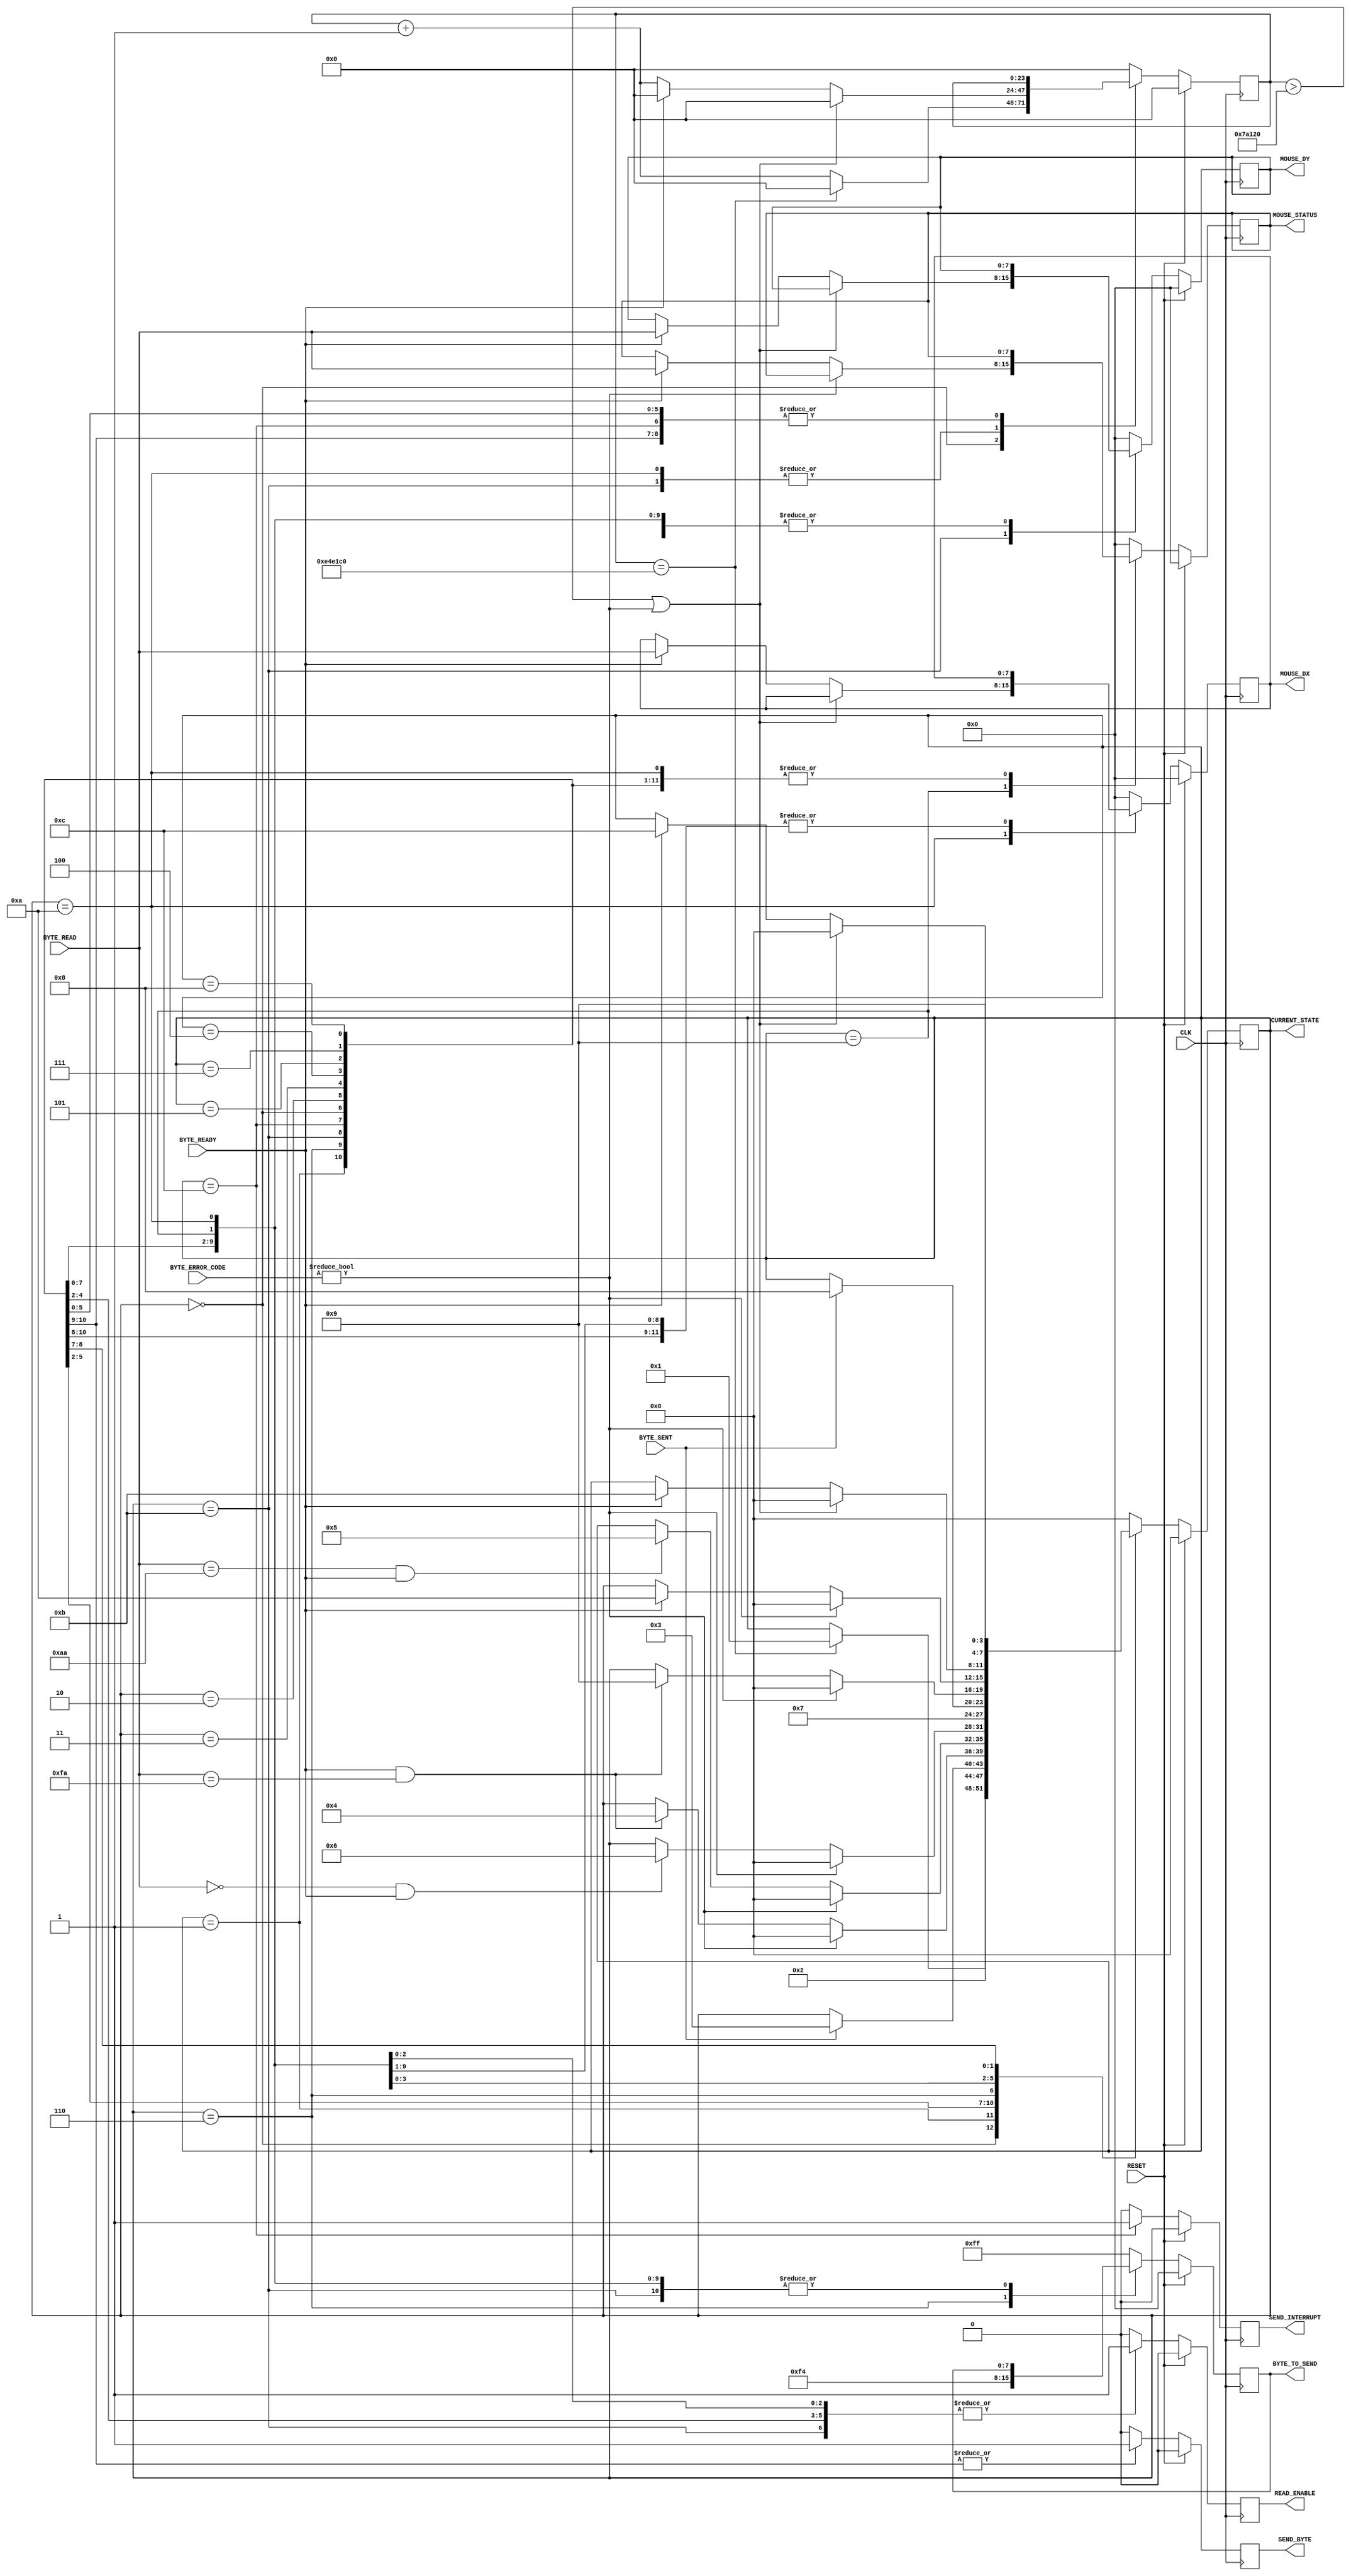
`timescale 1ns / 1ps
//////////////////////////////////////////////////////////////////////////////////
// Company: University of Edinburgh
// 
// Design Name: Digital Design Lab 4
// Module Name:    MouseMasterSM
// Project Name: PS2 Mouse Interface
// Target Devices: Basys 2
// Tool versions: 
// Description: This is the master state machine. It is responsible for sending the
// setup sequence, and keeping track of the commands that have to be executed next.
//
// Dependencies: 
//
// Revision: 
// Revision 0.01 - File Created
// Additional Comments: 
//
//////////////////////////////////////////////////////////////////////////////////

module MouseMasterSM(
	input CLK,
	input RESET,
	//Transmitter Control
	output SEND_BYTE,
	output [7:0] BYTE_TO_SEND,
	input BYTE_SENT,
	//Receiver Control
	output READ_ENABLE,
	input [7:0] BYTE_READ,
	input [1:0] BYTE_ERROR_CODE,
	input BYTE_READY,
	//Data Registers
	output [7:0] MOUSE_DX,
	output [7:0] MOUSE_DY,
	output [7:0] MOUSE_STATUS,
	output SEND_INTERRUPT,
	output [3:0] CURRENT_STATE
);

//////////////////////////////////////////////////////////////
// Main state machine - There is a setup sequence
//
// 1) Send FF -- Reset command,
// 2) Read FA -- Mouse Acknowledge,
// 2) Read AA -- Self-Test Pass
// 3) Read 00 -- Mouse ID
// 4) Send F4 -- Start transmitting command,
// 5) Read FA -- Mouse Acknowledge,
//
// If at any time this chain is broken, the SM will restart from
// the beginning. Once it has finished the set-up sequence, the read enable flag
// is raised.
// The host is then ready to read mouse information 3 bytes at a time:
// S1) Wait for first read, When it arrives, save it to Status. Goto S2.
// S2) Wait for second read, When it arrives, save it to DX. Goto S3.
// S3) Wait for third read, When it arrives, save it to DY. Goto S1.
// Send interrupt.

	//State Control
	reg [3:0] Curr_State, Next_State;
	reg [23:0] Curr_Counter, Next_Counter;
	//Transmitter Control
	reg Curr_SendByte, Next_SendByte;
	reg [7:0] Curr_ByteToSend, Next_ByteToSend;
	//Receiver Control
	reg Curr_ReadEnable, Next_ReadEnable;
	//Data Registers
	reg [7:0] Curr_Status, Next_Status;
	reg [7:0] Curr_Dx, Next_Dx;
	reg [7:0] Curr_Dy, Next_Dy;
	reg Curr_SendInterrupt, Next_SendInterrupt;

//Sequential
always@(posedge CLK) begin
	if(RESET) begin
		Curr_State <= 4'h0;
		Curr_Counter <= 0;
		Curr_SendByte <= 1'b0;
		Curr_ByteToSend <= 8'h00;
		Curr_ReadEnable <= 1'b0;
		Curr_Status <= 8'h00;
		Curr_Dx <= 8'h00;
		Curr_Dy <= 8'h00;
		Curr_SendInterrupt <= 1'b0;
	end else begin
		Curr_State <= Next_State;
		Curr_Counter <= Next_Counter;
		Curr_SendByte <= Next_SendByte;
		Curr_ByteToSend <= Next_ByteToSend;
		Curr_ReadEnable <= Next_ReadEnable;
		Curr_Status <= Next_Status;
		Curr_Dx <= Next_Dx;
		Curr_Dy <= Next_Dy;
		Curr_SendInterrupt <= Next_SendInterrupt;
	end
end

//Combinatorial
always@* begin
	Next_State = Curr_State;
	Next_Counter = Curr_Counter;
	Next_SendByte = 1'b0;
	Next_ByteToSend = Curr_ByteToSend;
	Next_ReadEnable = 1'b0;
	Next_Status = Curr_Status;
	Next_Dx = Curr_Dx;
	Next_Dy = Curr_Dy;
	Next_SendInterrupt = 1'b0;
	
	case(Curr_State)
	//Initialise State - Wait here for 10ms before trying to initialise the mouse.
	4'h0: begin
		if(Curr_Counter == 15000000) begin // 1/100th sec at 50MHz clock
			Next_State = 4'h1;
			Next_Counter = 0;
		end else
		Next_Counter = Curr_Counter + 1'b1;
	end

	//Start initialisation by sending FF
	4'h1: begin
		Next_State = 4'h2;
		Next_SendByte = 1'b1;
		Next_ByteToSend = 8'hFF;
	end

	//Wait for confirmation of the byte being sent
	4'h2: begin
		if(BYTE_SENT)
			Next_State = 4'h3;
	end

	//Wait for confirmation of a byte being received
	//If the byte is FA goto next state, else re-initialise.
	4'h3: begin
		if(BYTE_ERROR_CODE != 2'b00)
			Next_State = 4'h0;
		else if(BYTE_READY & (BYTE_READ == 8'hFA))
			Next_State = 4'h4;
		Next_ReadEnable = 1'b1;
	end

	//Wait for self-test pass confirmation
	//If the byte received is AA goto next state, else re-initialise
	4'h4: begin
		if(BYTE_ERROR_CODE != 2'b00)
			Next_State = 4'h0;
		else if((BYTE_READ == 8'hAA) & BYTE_READY)
			Next_State = 4'h5;
		Next_ReadEnable = 1'b1;
	end

	//Wait for confirmation of a byte being received
	//If the byte is 00 goto next state (MOUSE ID) else re-initialise
	4'h5: begin
		if(BYTE_ERROR_CODE != 2'b00)
			Next_State = 4'h0;
		else if((BYTE_READ == 8'h00) & BYTE_READY)
				Next_State = 4'h6;
		Next_ReadEnable = 1'b1;
	end

	//Send F4 - to start mouse transmit
	4'h6: begin
		Next_State = 4'h7;
		Next_SendByte = 1'b1;
		Next_ByteToSend = 8'hF4;
	end

	//Wait for confirmation of the byte being sent
	4'h7: if(BYTE_SENT) Next_State = 4'h8;
	
	//Wait for confirmation of a byte being received
	//If the byte is FA goto next state, else re-initialise
	4'h8: begin
		if(BYTE_ERROR_CODE != 2'b00)
			Next_State = 4'h0;
		else if((BYTE_READ == 8'hFA) & BYTE_READY)
			Next_State = 4'h9;
		Next_ReadEnable = 1'b1;
	end

///////////////////////////////////////////////////////////
//At this point the SM has initialised the mouse.
//Now we are constantly reading. If at any time
//there is an error, we will re-initialise
//the mouse - just in case.
///////////////////////////////////////////////////////////

	//Wait for the confirmation of a byte being received.
	//This byte will be the first of three, the status byte.
	//If a byte arrives, but is corrupted, then we re-initialise
	4'h9: begin
		if(BYTE_ERROR_CODE != 2'b00)
			Next_State = 4'h0;
		else if(BYTE_READY)begin
			Next_State = 4'hA;
			Next_Status = BYTE_READ;
		end
		Next_Counter = 0;
		Next_ReadEnable = 1'b1;
	end

	//Wait for confirmation of a byte being received
	//This byte will be the second of three, the Dx byte.
	4'hA: begin
		if((Curr_Counter > 500000) | (BYTE_ERROR_CODE != 2'b00))begin
			Next_State = 4'h0;
			Next_Counter = 0;
		end else if(BYTE_READY) begin
			Next_State = 4'hB;
			Next_Dx = BYTE_READ;
			Next_Counter = 0;
		end else
			Next_Counter = Curr_Counter + 1'b1;
		Next_ReadEnable = 1'b1;
	end

	//Wait for confirmation of a byte being received
	//This byte will be the third of three, the Dy byte.
	4'hB: begin
		if((Curr_Counter > 500000) | (BYTE_ERROR_CODE != 2'b00))begin
			Next_State = 4'h0;
			Next_Counter = 0;
		end else if(BYTE_READY) begin
			Next_State = 4'hC;
			Next_Dy = BYTE_READ;
			Next_Counter = 0;
		end else
			Next_Counter = Curr_Counter + 1'b1;
		Next_ReadEnable = 1'b1;
	end

	//Send Interrupt State
	4'hC: begin
		Next_State = 4'h9;
		Next_SendInterrupt = 1'b1;
	end

	//Default State
	default: begin
		Next_State = 4'h0;
		Next_Counter = 0;
		Next_SendByte = 1'b0;
		Next_ByteToSend = 8'hFF;
		Next_ReadEnable = 1'b0;
		Next_Status = 8'h00;
		Next_Dx = 8'h00;
		Next_Dy = 8'h00;
		Next_SendInterrupt = 1'b0;
	end
endcase
end

///////////////////////////////////////////////////
//Tie the SM signals to the IO
//Transmitter
assign SEND_BYTE	= Curr_SendByte;
assign BYTE_TO_SEND = Curr_ByteToSend;
//Receiver
assign READ_ENABLE = Curr_ReadEnable;
//Output Mouse Data
assign MOUSE_DX = Curr_Dx;
assign MOUSE_DY = Curr_Dy;
assign MOUSE_STATUS = Curr_Status;
assign SEND_INTERRUPT = Curr_SendInterrupt;
assign CURRENT_STATE = Curr_State;

endmodule